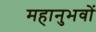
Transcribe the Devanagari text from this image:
महानुभवों